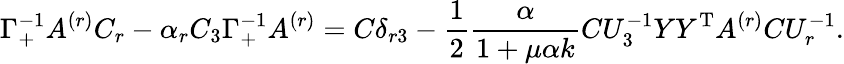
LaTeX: \Gamma_{+}^{-1}A^{(r)}C_{r}-\alpha_{r}C_{3}\Gamma_{+}^{-1}A^{(r)}=C\delta_{r3}-\frac{1}{2}\frac{\alpha}{1+\mu\alpha k}CU_{3}^{-1}YY^{\mathrm{T}}A^{(r)}CU_{r}^{-1}.